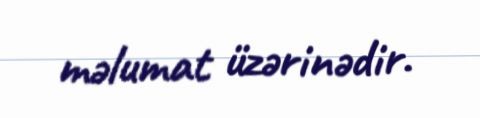
məlumat üzərinədir.